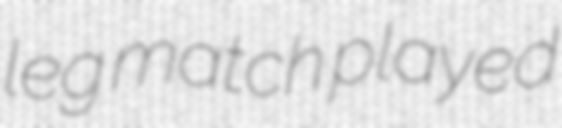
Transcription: leg match played